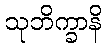
သုဘိက္ခာနိ